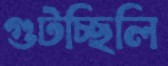
গুটচ্ছিলি